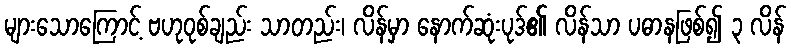
များသောကြောင့် ဗဟုဝုစ်ချည်း သာတည်း၊ လိန်မှာ နောက်ဆုံးပုဒ်၏ လိန်သာ ပဓာနဖြစ်၍ ၃ လိန်